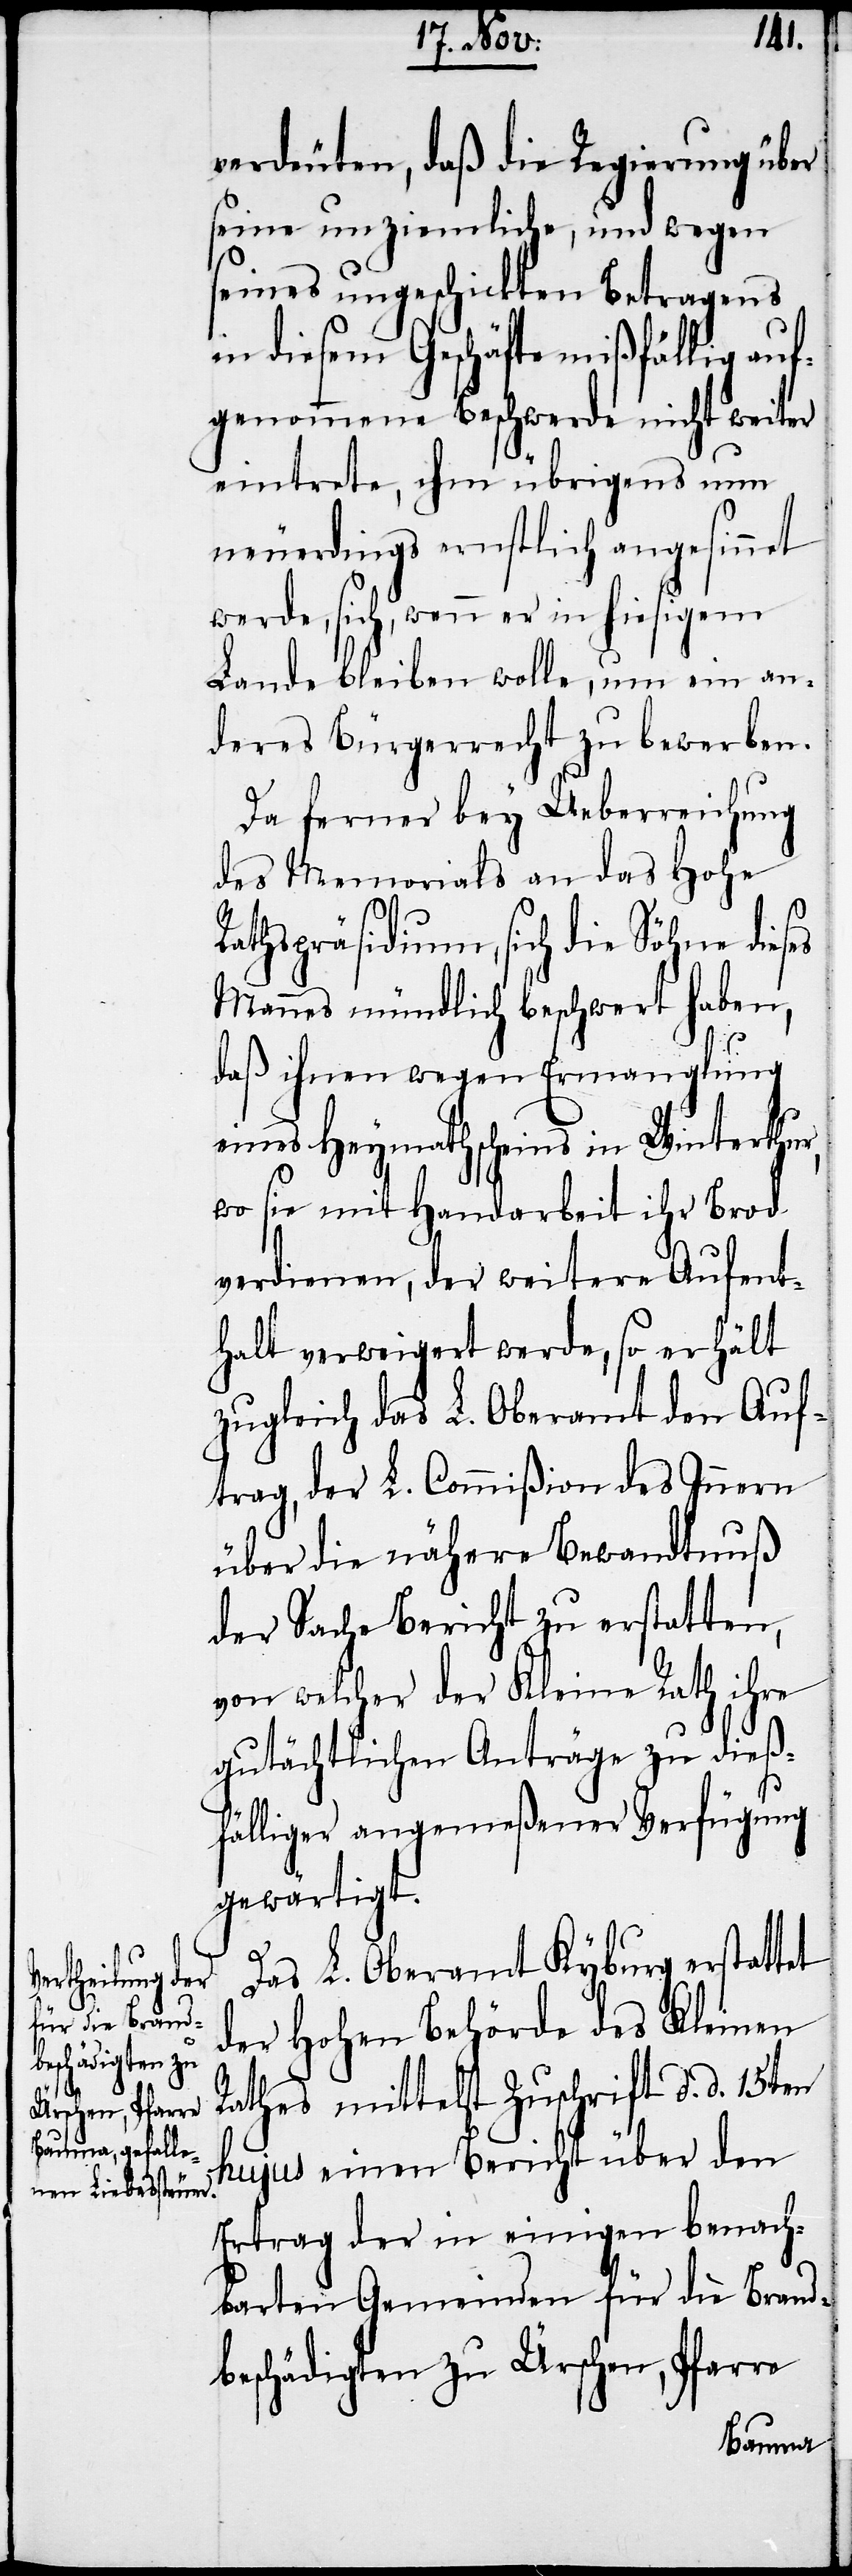
verdeuten, daß die Regierung über
seine unziemliche, und wegen
seines ungeschickten Betragens
in diesem Geschäfte mißfällig auf¬
genommene Beschwerde nicht weiter
eintrete, ihm übrigens nun
neuerdings ernstlich angesinnet
werde, sich, wenn er in hiesigem
Lande bleiben wolle, um ein an¬
deres Bürgerrecht zu bewerben.
Da ferner bey Ueberreichung
des Memorials an das Hohe
Rathspräsidium, sich die Söhne dieses
Mannes mündlich beschwert haben,
daß ihnen wegen Ermanglung
eines Heymathscheins in Winterthur,
wo sie mit Handarbeit ihr Brod
verdienen, der weitere Aufent¬
halt verweigert werde, so erhält
zugleich das L. Oberamt den Auf¬
trag, der L. Commißion des Innern
über die nähere Bewandtnuß
der Sache Bericht zu erstatten,
von welcher der Kleine Rath ihre
gutächtlichen Anträge zu dieß¬
fälliger angemeßener Verfügung
gewärtigt.
Das L. Oberamt Kyburg erstattet
der Hohen Behörde des Kleinen
Rathes mittelst Zuschrift d. d. 15ten
hujus einen Bericht über den
Ertrag der in einigen benach¬
barten Gemeinden für die Brand¬
beschädigten zu Ürschen, Pfarre